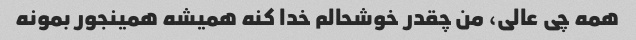
همه چی عالی، من چقدر خوشحالم خدا کنه همیشه همینجور بمونه